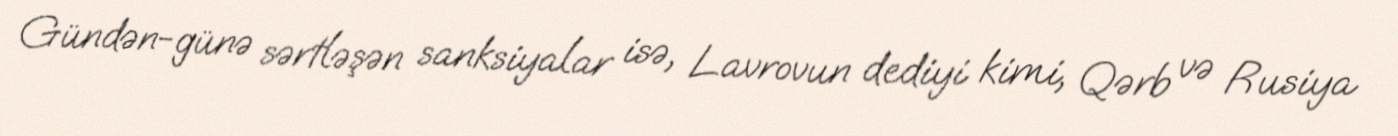
Gündən-günə sərtləşən sanksiyalar isə, Lavrovun dediyi kimi, Qərb və Rusiya